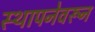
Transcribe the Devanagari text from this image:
स्थापनेवरून